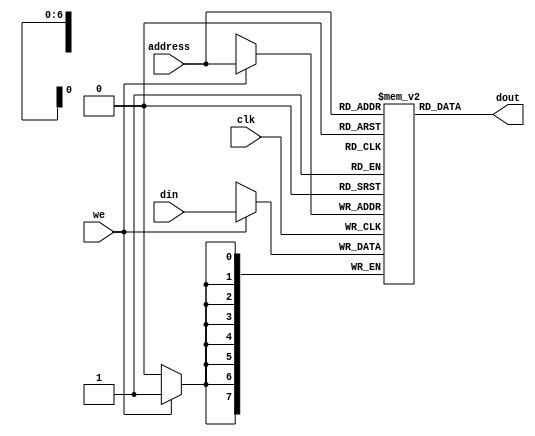
// picdram stands for PIC "Data" RAM.
//
//
// Synchronous Data RAM, 8 bits wide, N words deep.
//
// ** Must support SYNCHRONOUS WRITEs and ASYNCHRONOUS READs **
//    This is so that we can do a Read/Modify/Write in one cycle which
//    is required to do something like this:
//
//       incf 0x20, f   // M[20] <= M[20] + 1
//       incf 0x22, f   // M[22] <= M[22] + 1
//       incf 0x18, f   // M[18] <= M[18] + 1
//
// Replace with your actual memory model..
//
module dram (
   clk,
   address,
   we,
   din,
   dout
);

input		clk;
input [6:0]	address;
input		we;
input [7:0]	din;
output [7:0]	dout;

// Number of data memory words.  This is somewhat tricky, since remember
// that lowest registers (e.g. special registers) are not really in this
// data memory at all, but are explicit registers at the top-level.  Also,
// the banking scheme has some of the other registers in each bank being
// mapped to the same physical registers.  The bottom line is that for
// the 16C57, you at most need to set this to 72.  Note we are reserving
// the last 2 words for our little "expansion circuit" so we really want
// only 70.
//

//
// Copyright (c) 1999 Thomas Coonan (tcoonan@mindspring.com)
//
//    This source code is free software; you can redistribute it
//    and/or modify it in source code form under the terms of the GNU
//    General Public License as published by the Free Software
//    Foundation; either version 2 of the License, or (at your option)
//    any later version.
//
//    This program is distributed in the hope that it will be useful,
//    but WITHOUT ANY WARRANTY; without even the implied warranty of
//    MERCHANTABILITY or FITNESS FOR A PARTICULAR PURPOSE.  See the
//    GNU General Public License for more details.
//
//    You should have received a copy of the GNU General Public License
//    along with this program; if not, write to the Free Software
//    Foundation, Inc., 59 Temple Place - Suite 330, Boston, MA 02111-1307, USA
//

parameter word_depth = 70; // Maximum minus 2 words for expansion circuit demo
//parameter word_depth = 24;  // This would be like a 16C54 

// reg [6:0]	address_latched; <--- NO!  We need ASYNCHRONOUS READs

// Instantiate the memory array itself.
reg [7:0]	mem[0:word_depth-1];

// Latch address <--- NO! 
//always @(posedge clk)
//   address_latched <= address;
   
// READ
//assign dout = mem[address_latched];

// ASYNCHRONOUS READ
assign dout = mem[address];

// SYNCHRONOUS WRITE
always @(posedge clk)
   if (we) mem[address] <= din;

endmodule